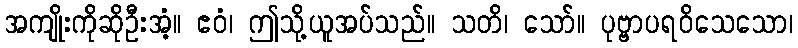
အကျိုးကိုဆိုဦးအံ့။ ဧဝံ၊ ဤသို့ယူအပ်သည်။ သတိ၊ သော်။ ပုဗ္ဗာပရဝိသေသော၊